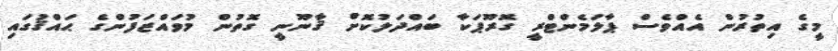
މީގެ އިތުރުން އެއްވެސް ޕާލަމެންޓްރީ ގޮރޫޕަކާ ބައްދަލުކޮށް ޤާނޫނީ ގޮތުން މުވައްޒަފުންގެ ޙައްޤުގައި